Leaving Certificate Examination, 1911
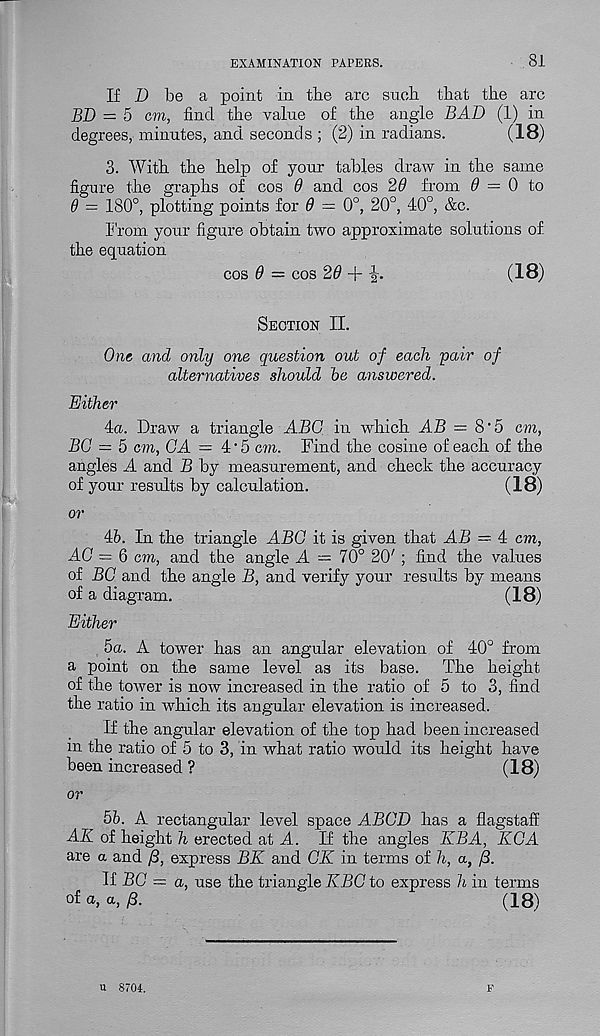
EXAMINATION PAPERS.
81
If D be a point in the arc such that the arc
BD = 5 cm, find tire value of the angle BAD (1) in
degrees, minutes, and seconds ; (2) in radians.
(18)
3. With the help of your tables draw in the same
figure the graphs of cos 9 and cos 29 from # = 0 to
9 — 180°, plotting points for 9 = 0°, 20°, 40°, &c.
From your figure obtain two approximate solutions of
the equation
cos 9 = cos 29 +
(18)
Section II.
One and only one question out of each pair of
alternatives should he answered.
Either
4<x. Draw a triangle ABC in which AB — 8'5 cm,
BC = 5 cm, CA = 4 , 5 cm. Find the cosine of each of the
angles A and B by measurement, and check the accuracy
of your results by calculation.
(18)
or
46. In the triangle ABC it is given that AB — 4 cm,
AC = Q cm, and the angle A — 70° 20'; find the values
of BC and the angle B, and verify your results by means
of a diagram.
(18)
Either
5a. A tower has an angular elevation of 40° from
a point on the same level as its base. The height
of the tower is now increased in the ratio of 5 to 3, find
the ratio in which its angular elevation is increased.
If the angular elevation of the top had been increased
in the ratio of 5 to 3, in what ratio would its height have
been increased ?
(18)
or
5b. A rectangular level space ABCD has a flagstaff
AK of height h erected at A. If the angles KBA, KCA
are a and /3, express BK and CK in terms of h, a, ft.
If BC — a, use the triangle KBC to express h in terms
of
a, ft.
(18)
u 8704.
F